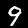
Digit: 9